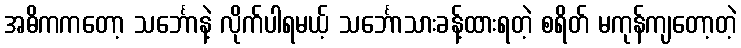
အဓိကကတော့ သင်္ဘောနဲ့ လိုက်ပါရမယ့် သင်္ဘောသားခန့်ထားရတဲ့ စရိတ် မကုန်ကျတော့တဲ့